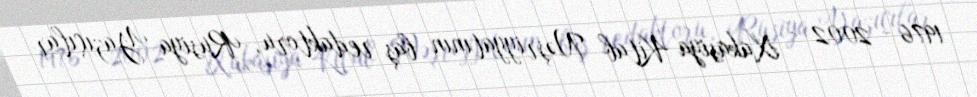
1976 - 2002 - Xakasiya Kitab Nəşriyyatının baş redaktoru, Rusiya Yazıçılar